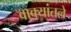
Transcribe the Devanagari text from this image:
वाक्यांतले